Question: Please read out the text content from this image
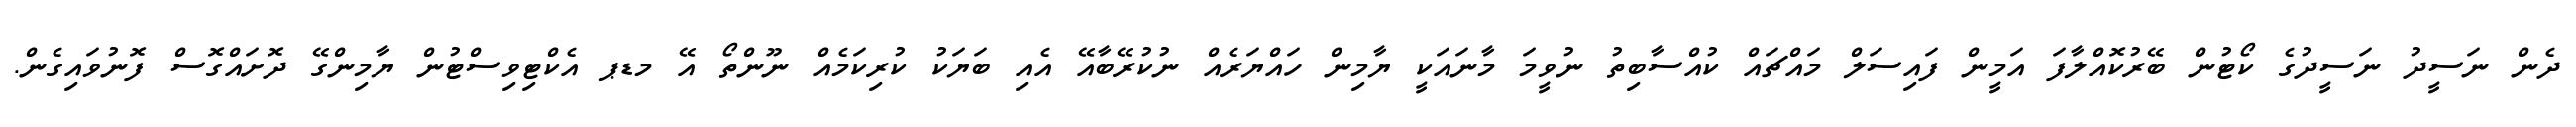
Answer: ދެން ނަސީދު ނަސީދުގެ ކޯޓުން ބޭރުކޮއްލާފަ އަމީން ފައިސަލް މައްޗައް ކުއްސާބިތު ނުވީމަ މާނައަކީ ޔާމިން ހައްޔަރެއް ނުކުރޭބާއޭ އެއި ބަޔަކު ކުރިކަމެއް ނޫންތޯ އޭ މޑޕ އެކްޓިވިސްޓުން ޔާމިންގޭ ދޮށައްގޮސް ފޮނުވައިގެން.